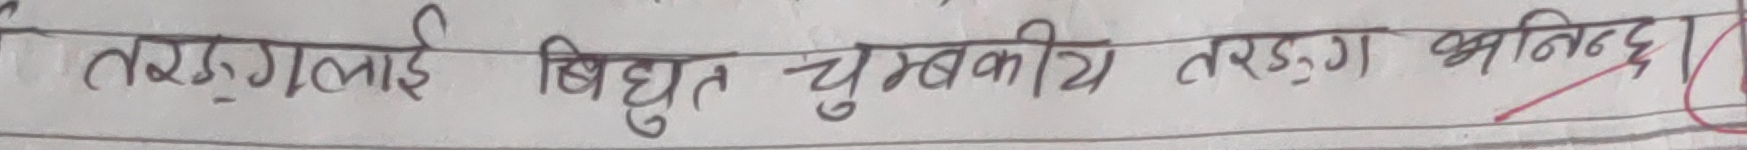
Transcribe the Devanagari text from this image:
तरङ्गहरूलाई बिधुत चुम्बकीय तरङ्ग भनिन्छ।